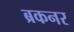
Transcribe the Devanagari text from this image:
ब्रकनर